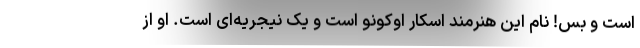
است و بس! نام این هنرمند اسکار اوکونو است و یک نیجریه‌ای است. او از